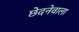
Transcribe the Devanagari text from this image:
छेदनेवाला